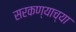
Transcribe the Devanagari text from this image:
सरकण्याच्या